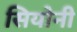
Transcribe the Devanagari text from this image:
सियोनी